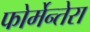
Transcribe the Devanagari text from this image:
फोर्मेन्तेरा